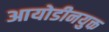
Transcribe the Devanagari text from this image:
आयोडीनयुक्त